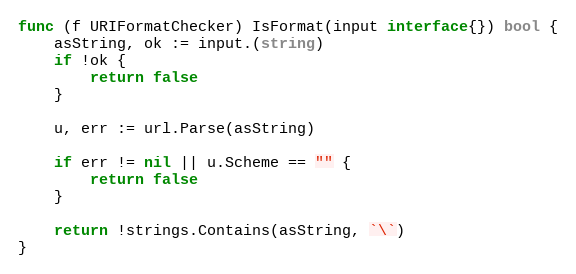
Language: Go
func (f URIFormatChecker) IsFormat(input interface{}) bool {
	asString, ok := input.(string)
	if !ok {
		return false
	}

	u, err := url.Parse(asString)

	if err != nil || u.Scheme == "" {
		return false
	}

	return !strings.Contains(asString, `\`)
}